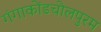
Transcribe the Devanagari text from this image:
गंगाकोंडचोलपुरम